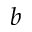
_ b